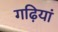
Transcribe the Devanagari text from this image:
गढ़ियां